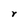
Character: r